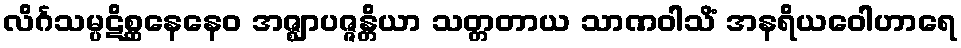
လိင်္ဂသမ္ပဋိစ္ဆနေနေဝ အဇ္ဈာပဇ္ဇန္တိယာ သတ္တတာယ သာဏဝါသိံ အနရိယဝေါဟာရေ